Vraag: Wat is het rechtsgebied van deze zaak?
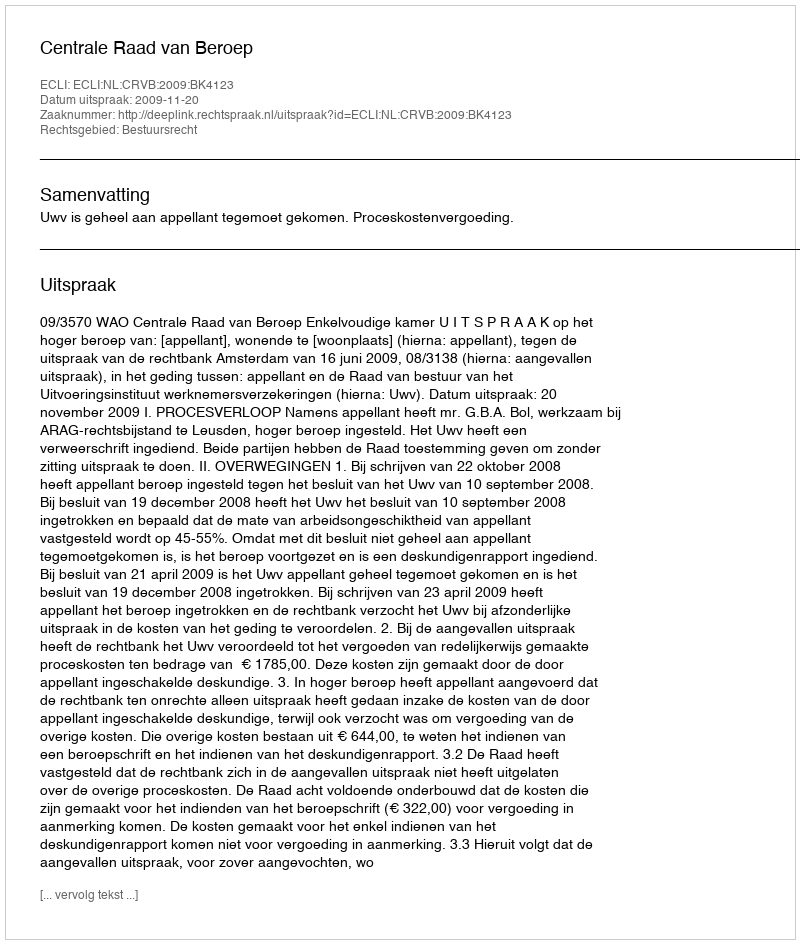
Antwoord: Bestuursrecht